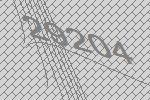
29204